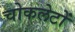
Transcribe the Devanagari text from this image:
चोकलेटों